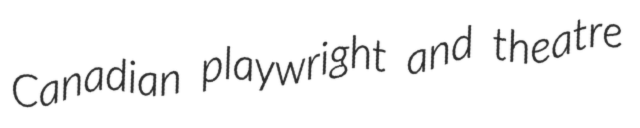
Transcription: Canadian playwright and theatre